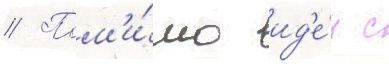
// Пом'и́мо ид'е́и с